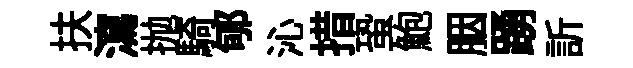
扶瀉抛騎郇沁措蛩鮑胭踴訢